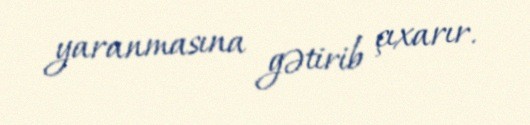
yaranmasına gətirib çıxarır.